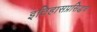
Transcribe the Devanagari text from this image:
इतिहासप्रसिद्धच